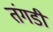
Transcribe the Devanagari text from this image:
तंगडी